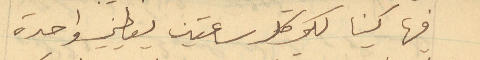
فيها كينا لكي كل ساعتين يعطيني واحدة